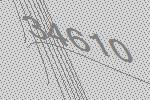
34610